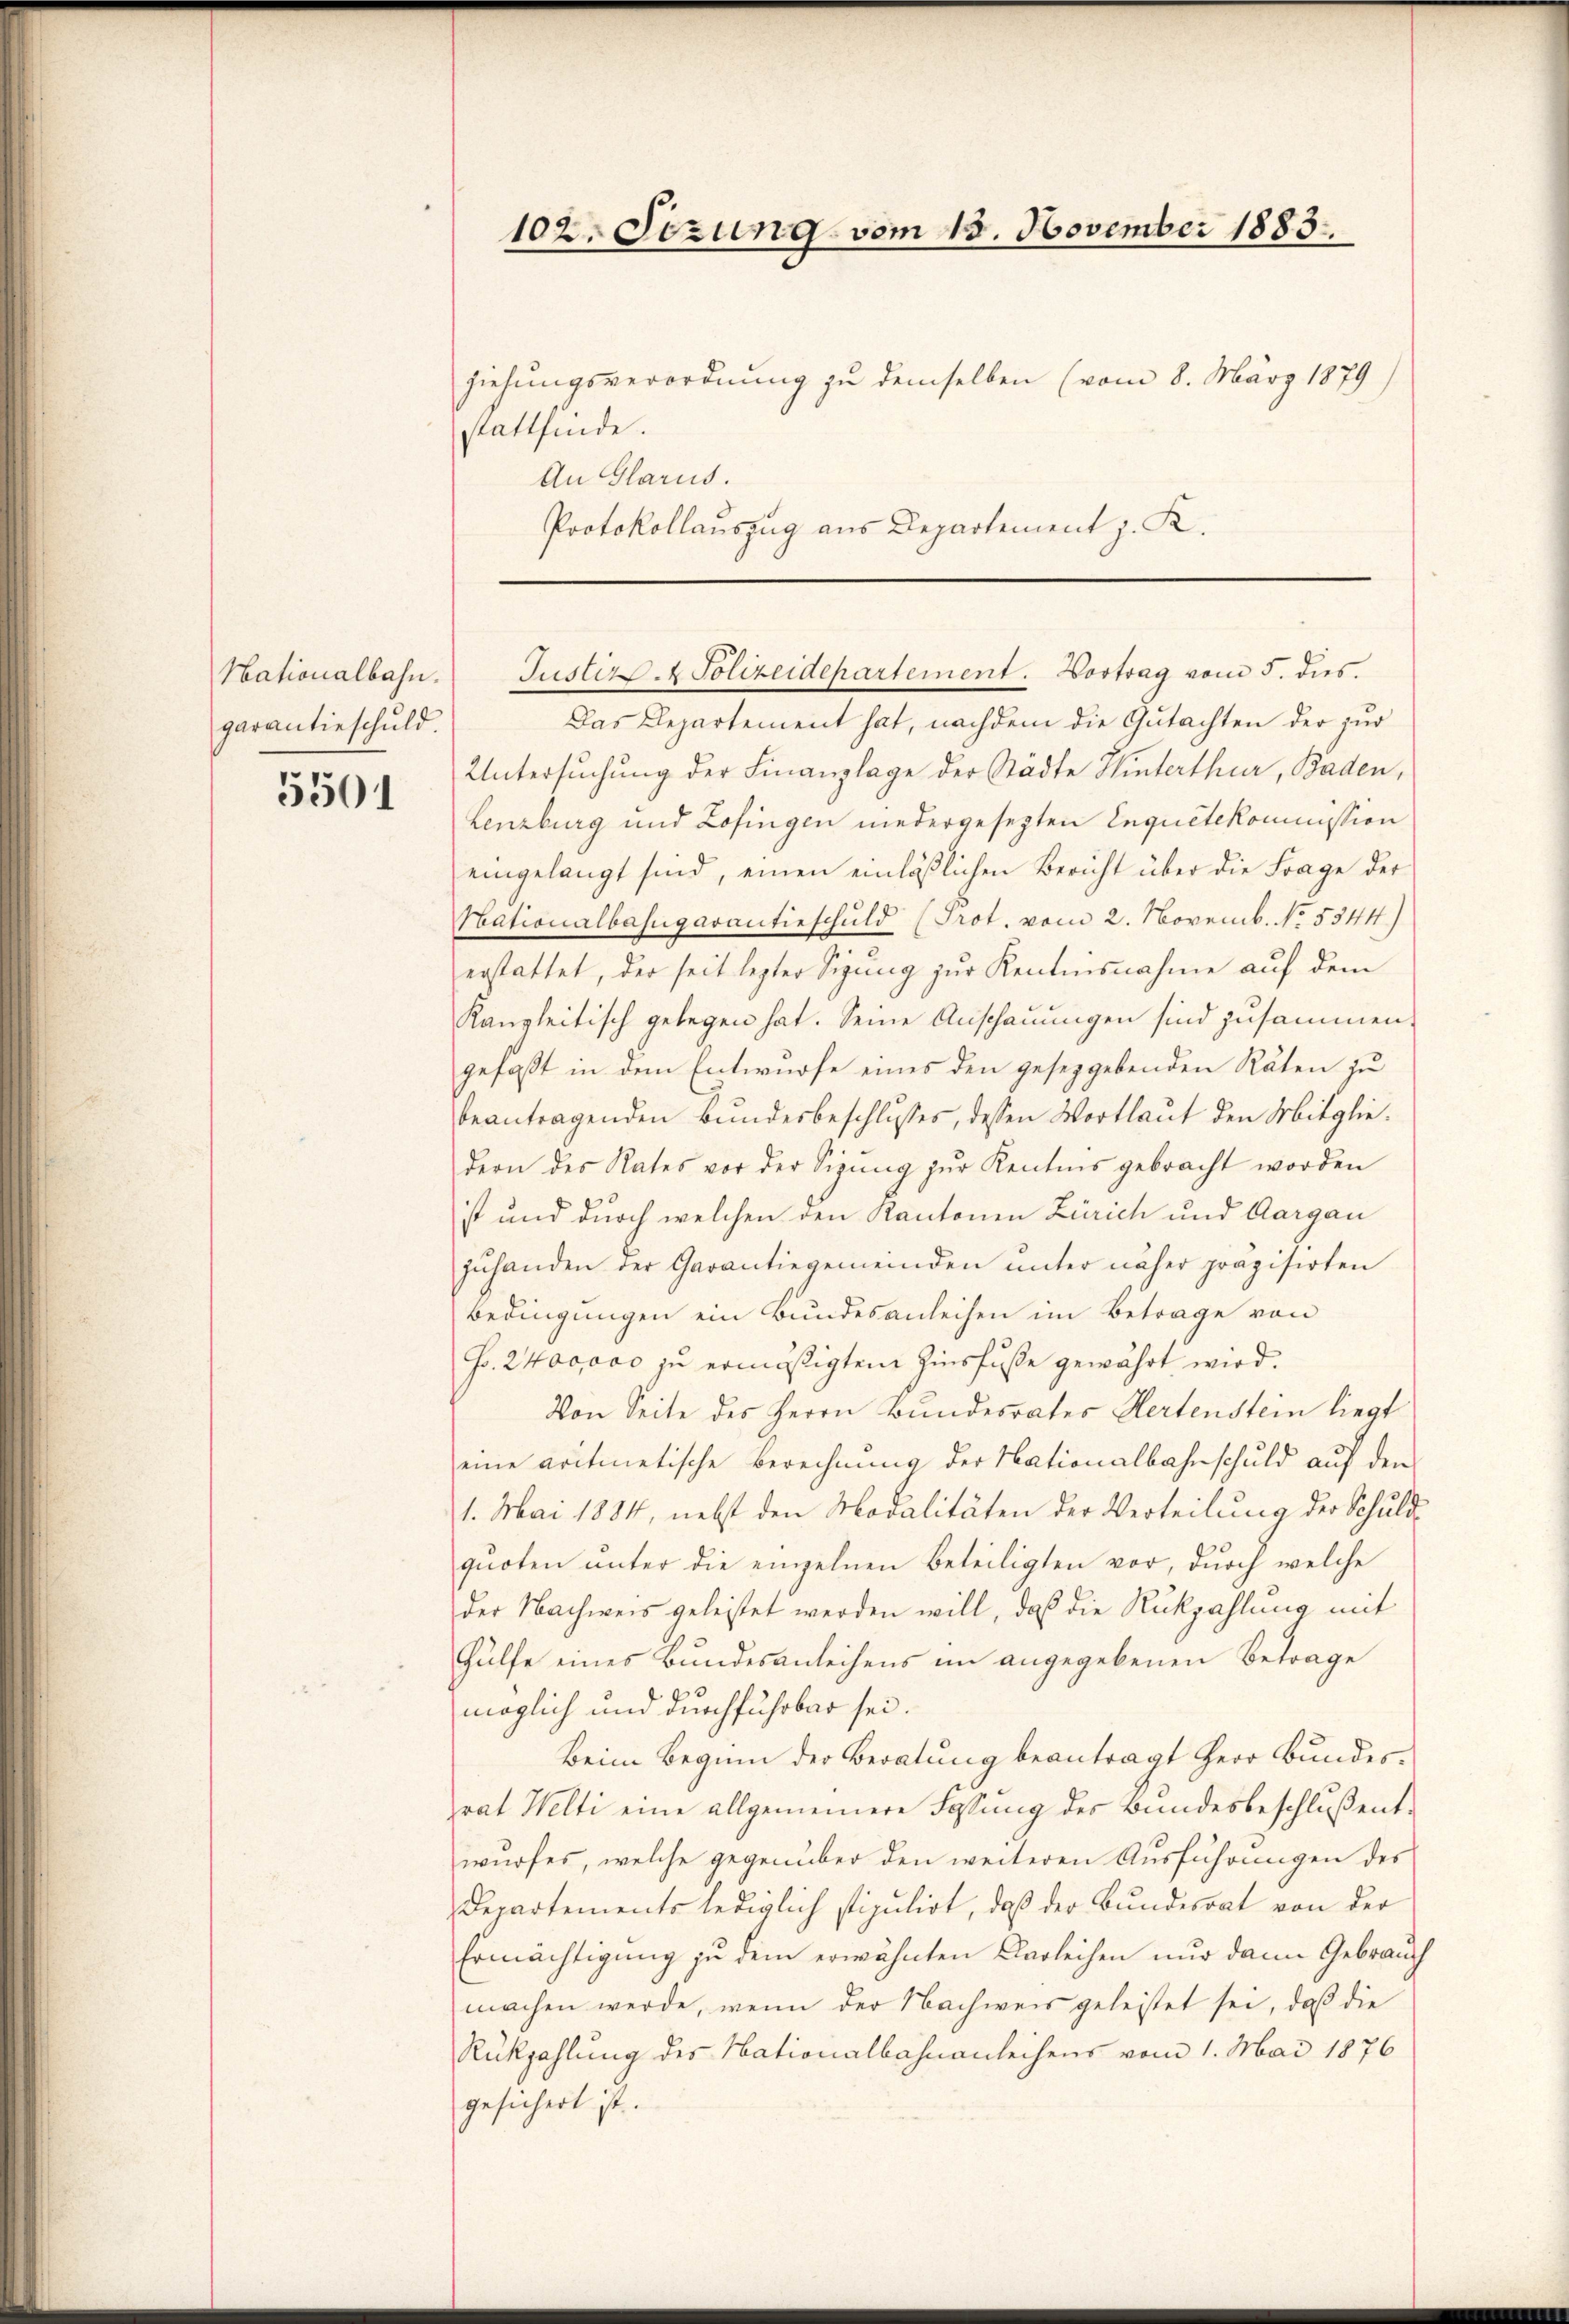
garantieschuld.

5501

ziehungsverordnung zu demselben (vom 8. März 1879)
stattfinde.
An Glarus.
Protokollauszug aus Departement z. K.

102. Sizung vom 15. November 1883.

Hationalbahn. Justiz- & Polizeidepartement. Vortrag vom 5. dies

Das Departement hat, nachdem die Gutachten der zur
Untersuchung der Finanzlage der Städte Hinterthur, Baden,
Lenzburg und Zofingen niedergesezten Inquetekommission
eingelangt sind, einen einläßlichen Bericht über die Frage der
Nationalbahngarantieschuld (Prot. vom 2. Novemb. No. 5344)
erstattet, der seit lezter Sigung zur Kenntnisnahme auf dem
Kanzleitisch gelegen hat. Seine Anschauungen sind zusammen.
gefaßt in dem Entwurfe eines den gesetzgebenden Räten zu
beantragenden Bundesbeschlusses, dessen Wortlaut den Mitgliedern des Rates vor der Sigŭng zŭr Kentnis gebracht worden
ist und durch welchen den Kantonen Zürich und Aargau
zŭhanden der Garantiegemeinden ŭnter näher präzisirten
Bedingungen ein Bundesanleihen im Betrage von
Fr. 2400000 zu ermäßigten Zinsfuße gewährt wird.
Von Seite des Herrn Bundesrates Hertenstein liegt
eine aritmetische Berechnung der Nationalbahnschuld auf den
1. Mai 1884, nebst den Modalitäten der Verteilung der Schuldquoten unter die einzelnen Beteiligten vor, durch welche
der Nachweis geleistet werden will, daß die Rückzahlung mit
Hülfe eines Bundesanleihens im angegebenen Betrage
möglich und durchfuhrbar sei.
Beim Beginn der Beratung beantragt Herr Bundesrat Welti eine allgemeinere Fassung des Bundesbeschlußentwurfes, welche gegenüber den weiteren Ausführungen des
Departements lediglich stipulirt, daß der Bundesrat von der
Ermächtigung zu dem erwähnten Darleihen nur dann Gebrauch
machen werde, wenn der Nachweis geleistet sei, daß die
Rükzahlung des Nationalbahnanleihens vom 1. Mai 1876
gesichert ist.